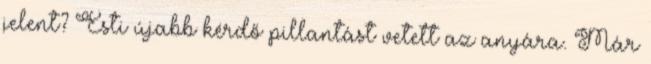
jelent? Esti újabb kérdő pillantást vetett az anyára. Már